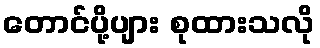
တောင်ပို့ပျား စုထားသလို